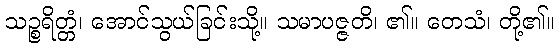
သဉ္စရိတ္တံ၊ အောင်သွယ်ခြင်းသို့။ သမာပဇ္ဇတိ၊ ၏။ တေသံ၊ တို့၏။